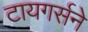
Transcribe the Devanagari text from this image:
टायगर्सने